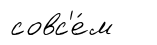
совс'е́м